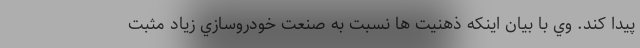
پيدا كند. وي با بيان اينكه ذهنيت ها نسبت به صنعت خودروسازي زياد مثبت